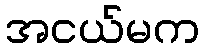
အငယ်မက